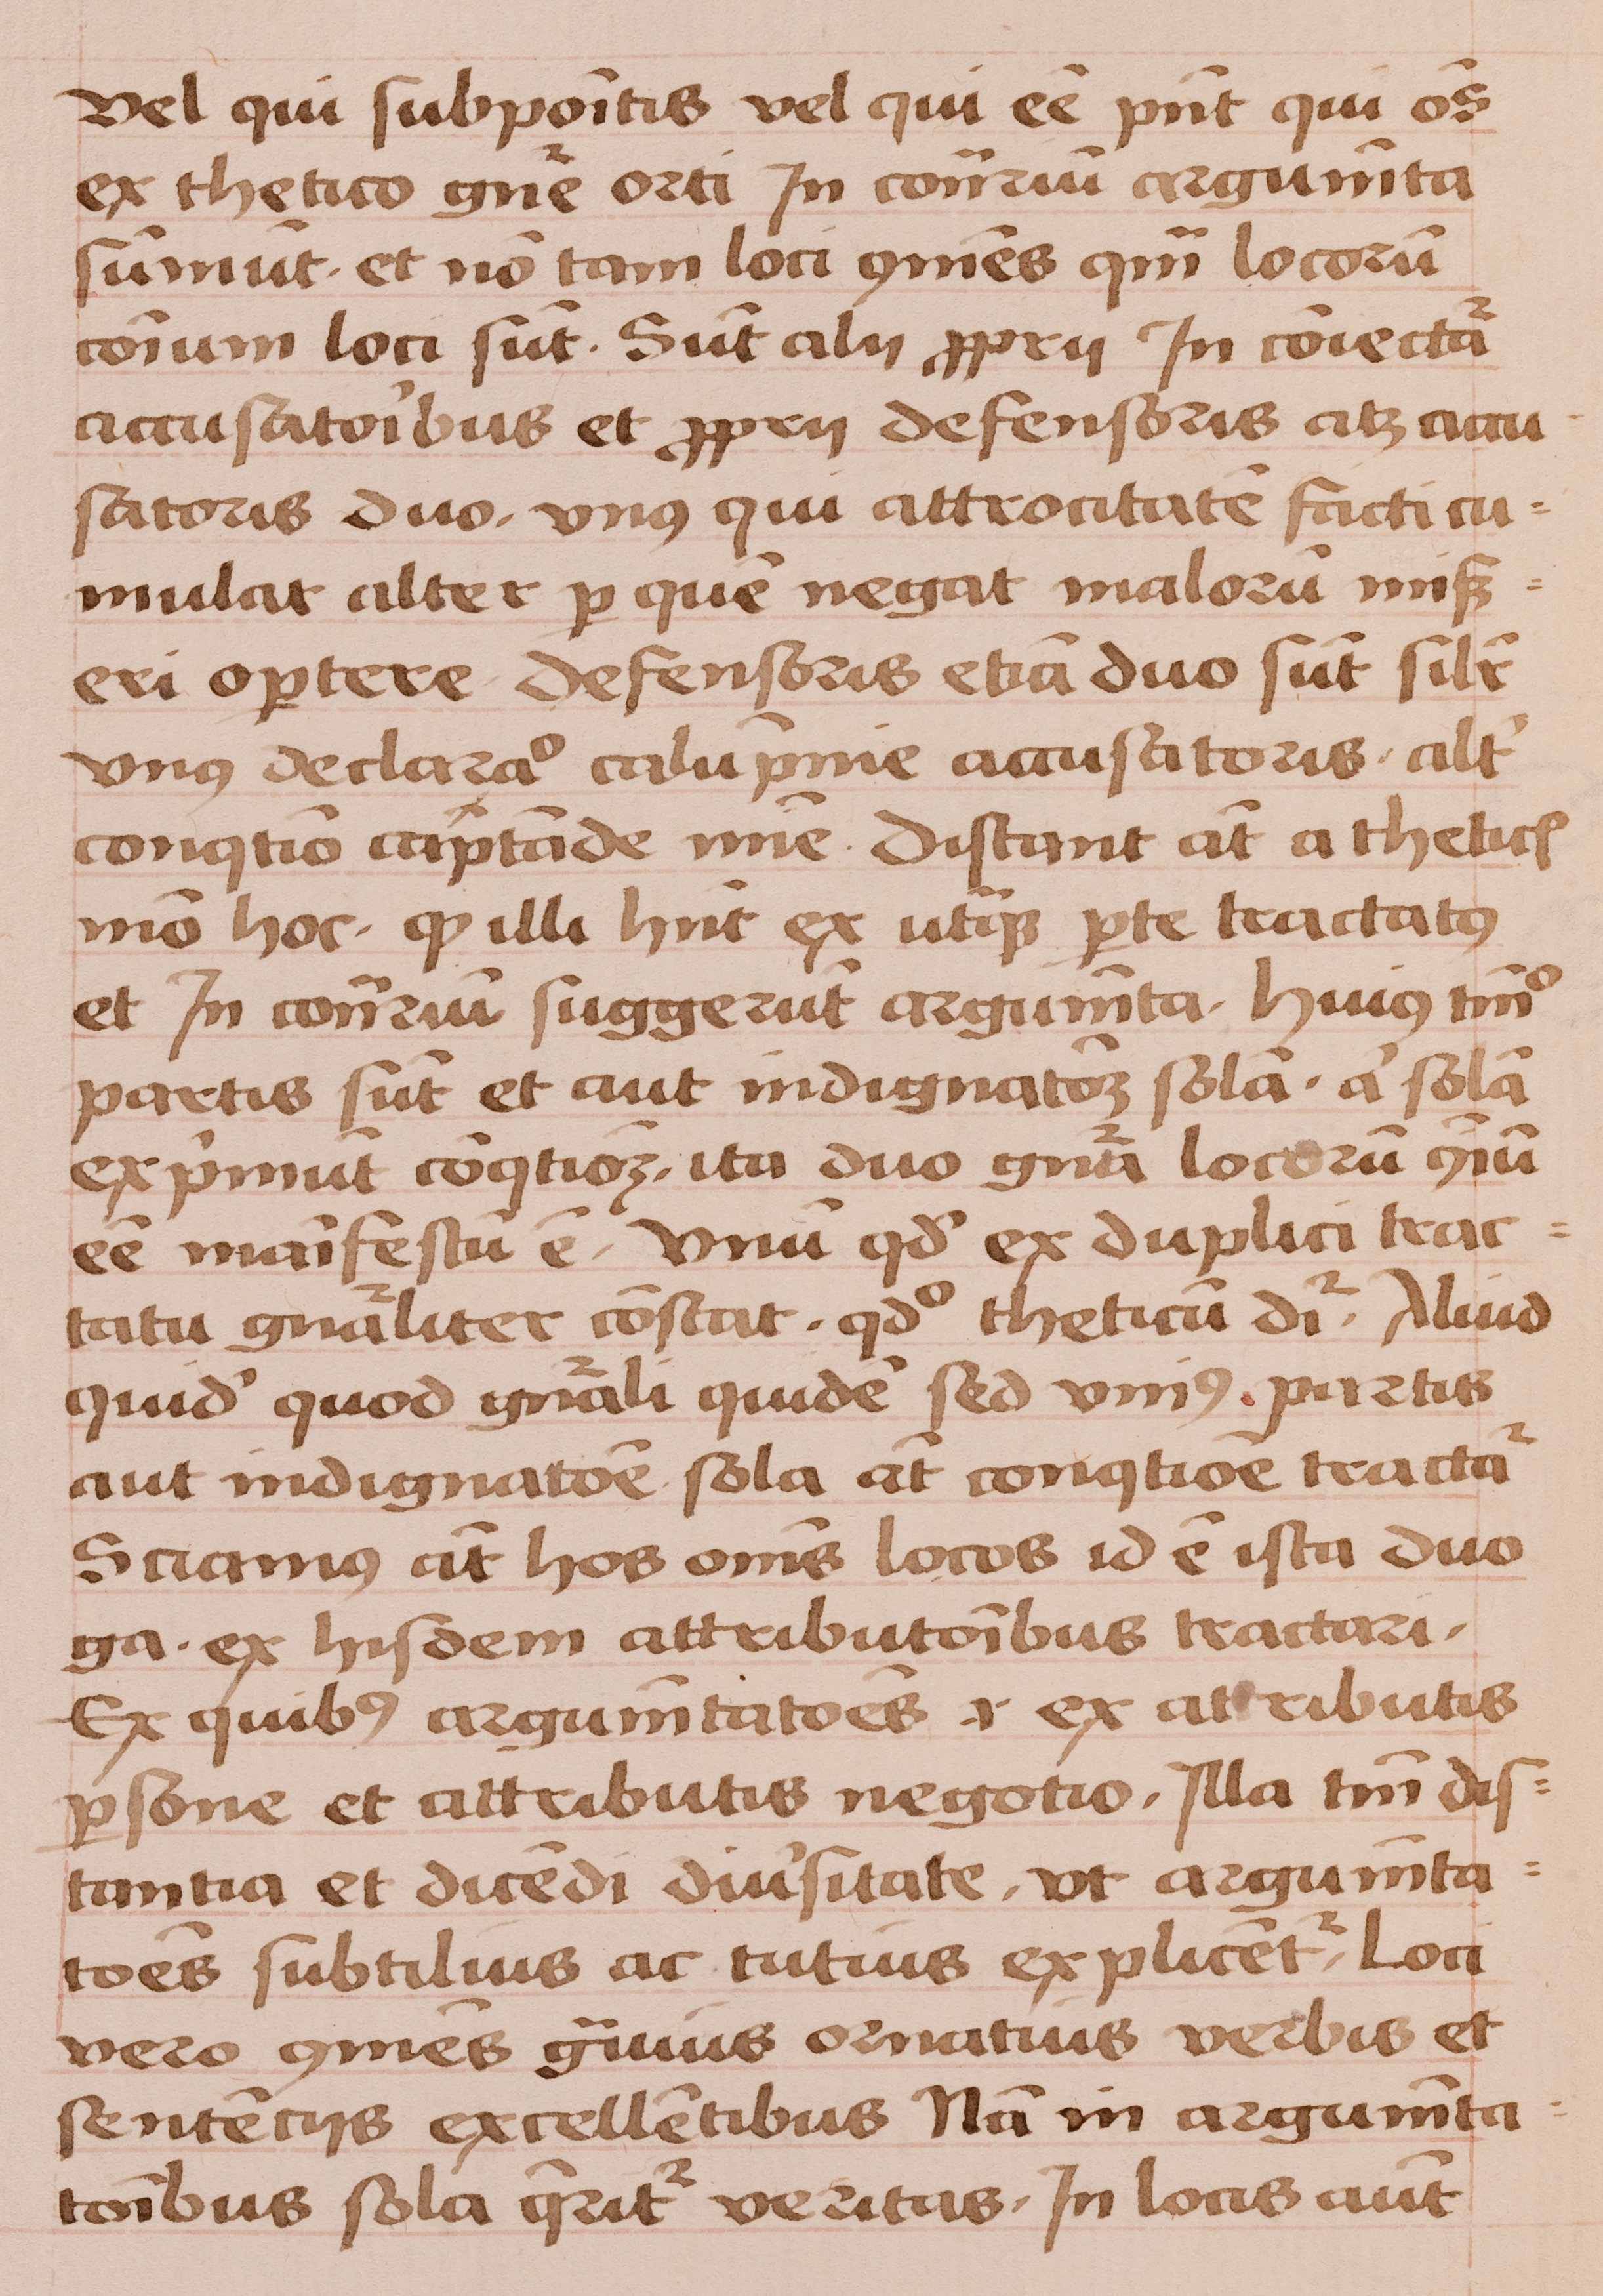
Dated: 1450–1474